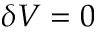
\delta V = 0